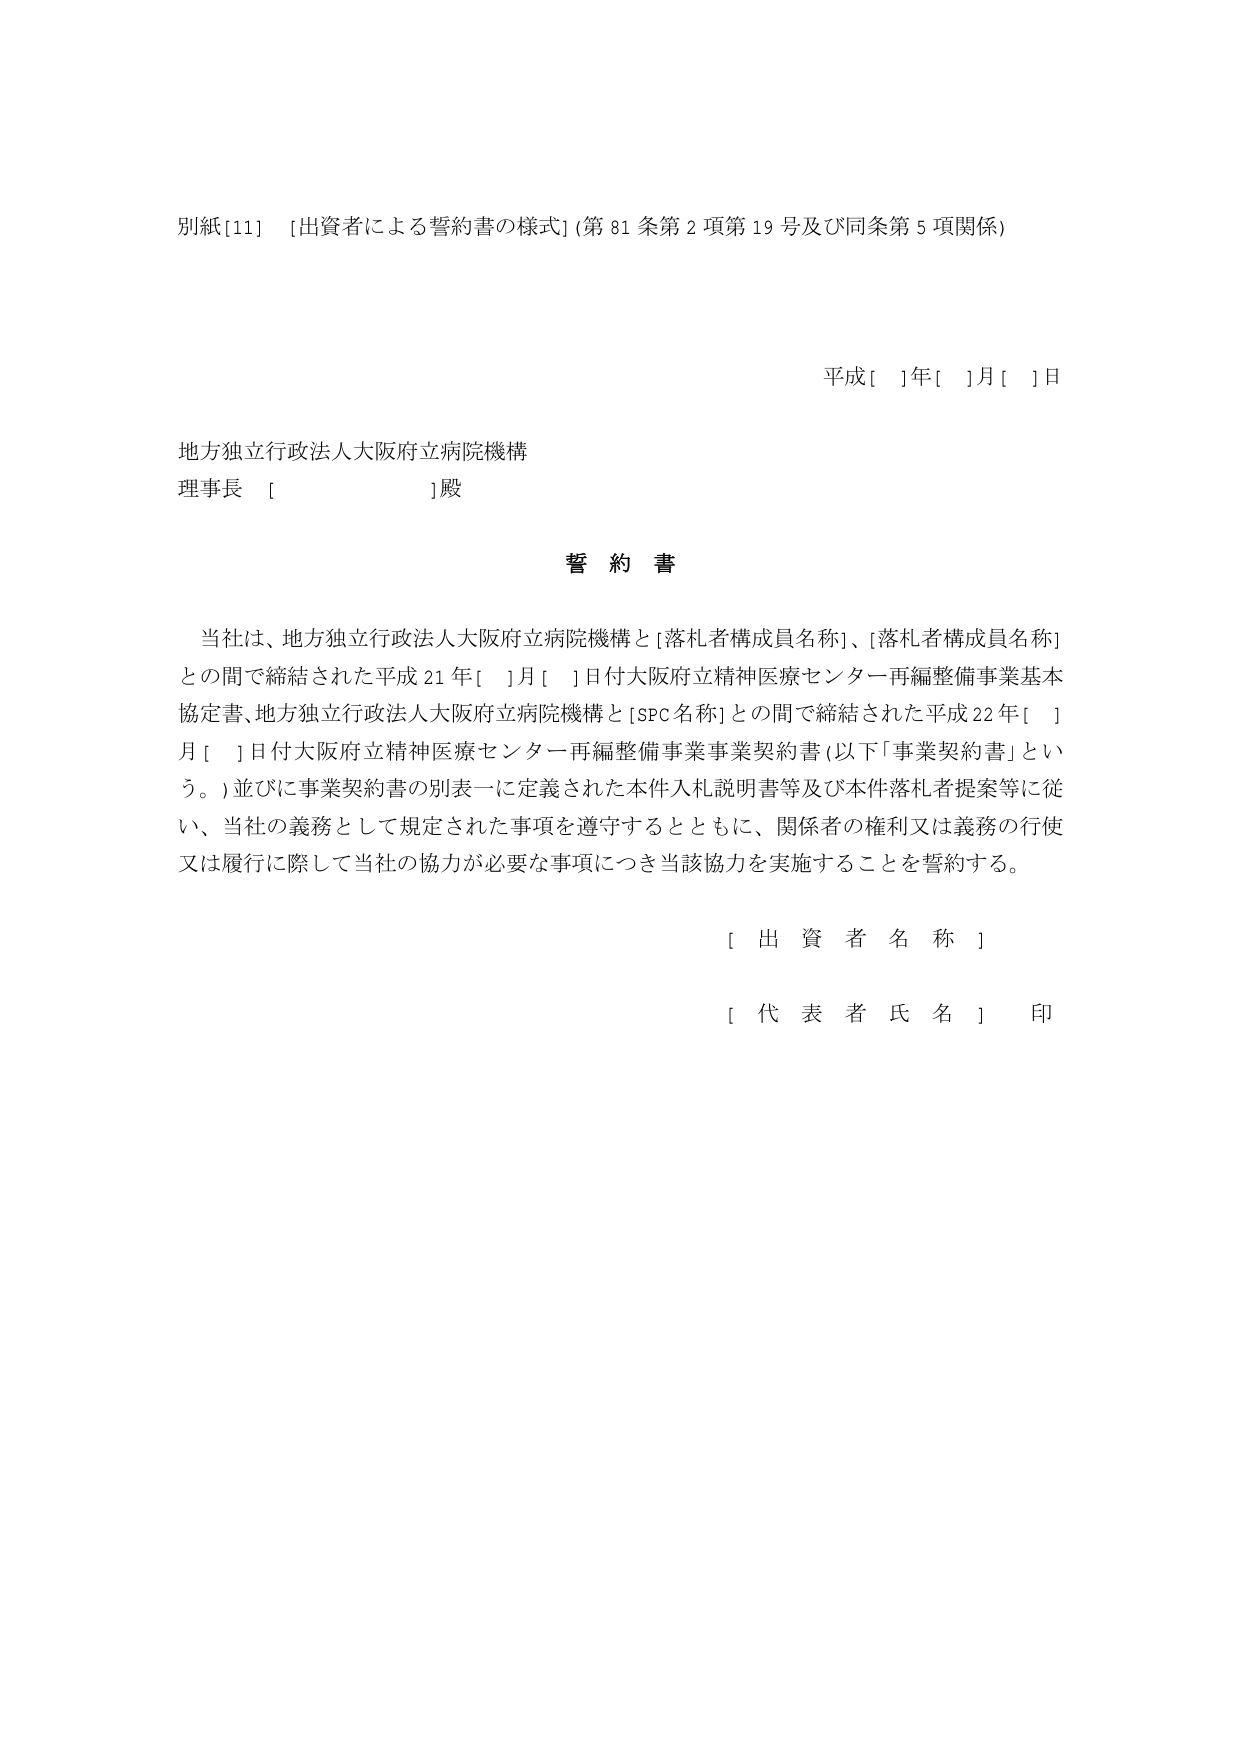
別紙[11] [出資者による誓約書の様式] (第81条第2項第19号及び同条第5項関係)

平成[ ]年[ ]月[ ]日

地方独立行政法人大阪府立病院機構
理事長 [ ]殿

誓約書

当社は、地方独立行政法人大阪府立病院機構と[落札者構成員名称]、[落札者構成員名称]との間で締結された平成21年[ ]月[ ]日付大阪府立精神医療センター再編整備事業基本協定書、地方独立行政法人大阪府立病院機構と[SPC名称]との間で締結された平成22年[ ]月[ ]日付大阪府立精神医療センター再編整備事業事業契約書（以下「事業契約書」という。）並びに事業契約書の別表一に定義された本件入札説明書等及び本件落札者提案等に従い、当社の義務として規定された事項を遵守するとともに、関係者の権利又は義務の行使又は履行に際して当社の協力が必要な事項につき当該協力を実施することを誓約する。

[ 出 資 者 名 称 ]

[ 代 表 者 氏 名 ] 印